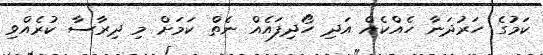
ކަމުގެ ހަރުދަނާ ހެއްކެއް އަދި ހޯދިފައެއް ނެތް ކަމަށް މި ދިރާސާ ކުރެއްވި